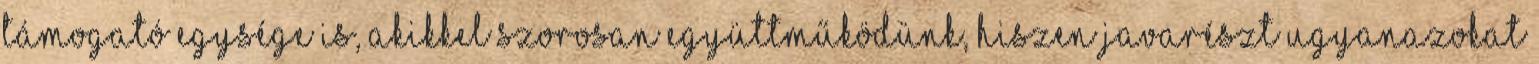
támogató egysége is, akikkel szorosan együttműködünk, hiszen javarészt ugyanazokat